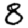
Digit: 8